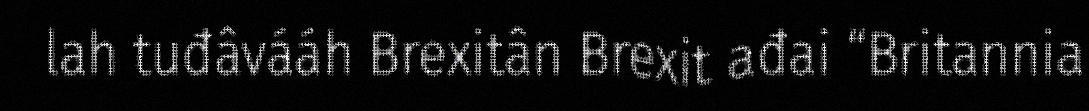
lah tuđâvááh Brexitân Brexit ađai “Britannia